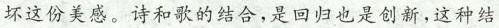
坏这份美感。诗和歌的结合,是回归也是创新,这种结